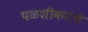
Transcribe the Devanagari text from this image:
पळशीकरांचे